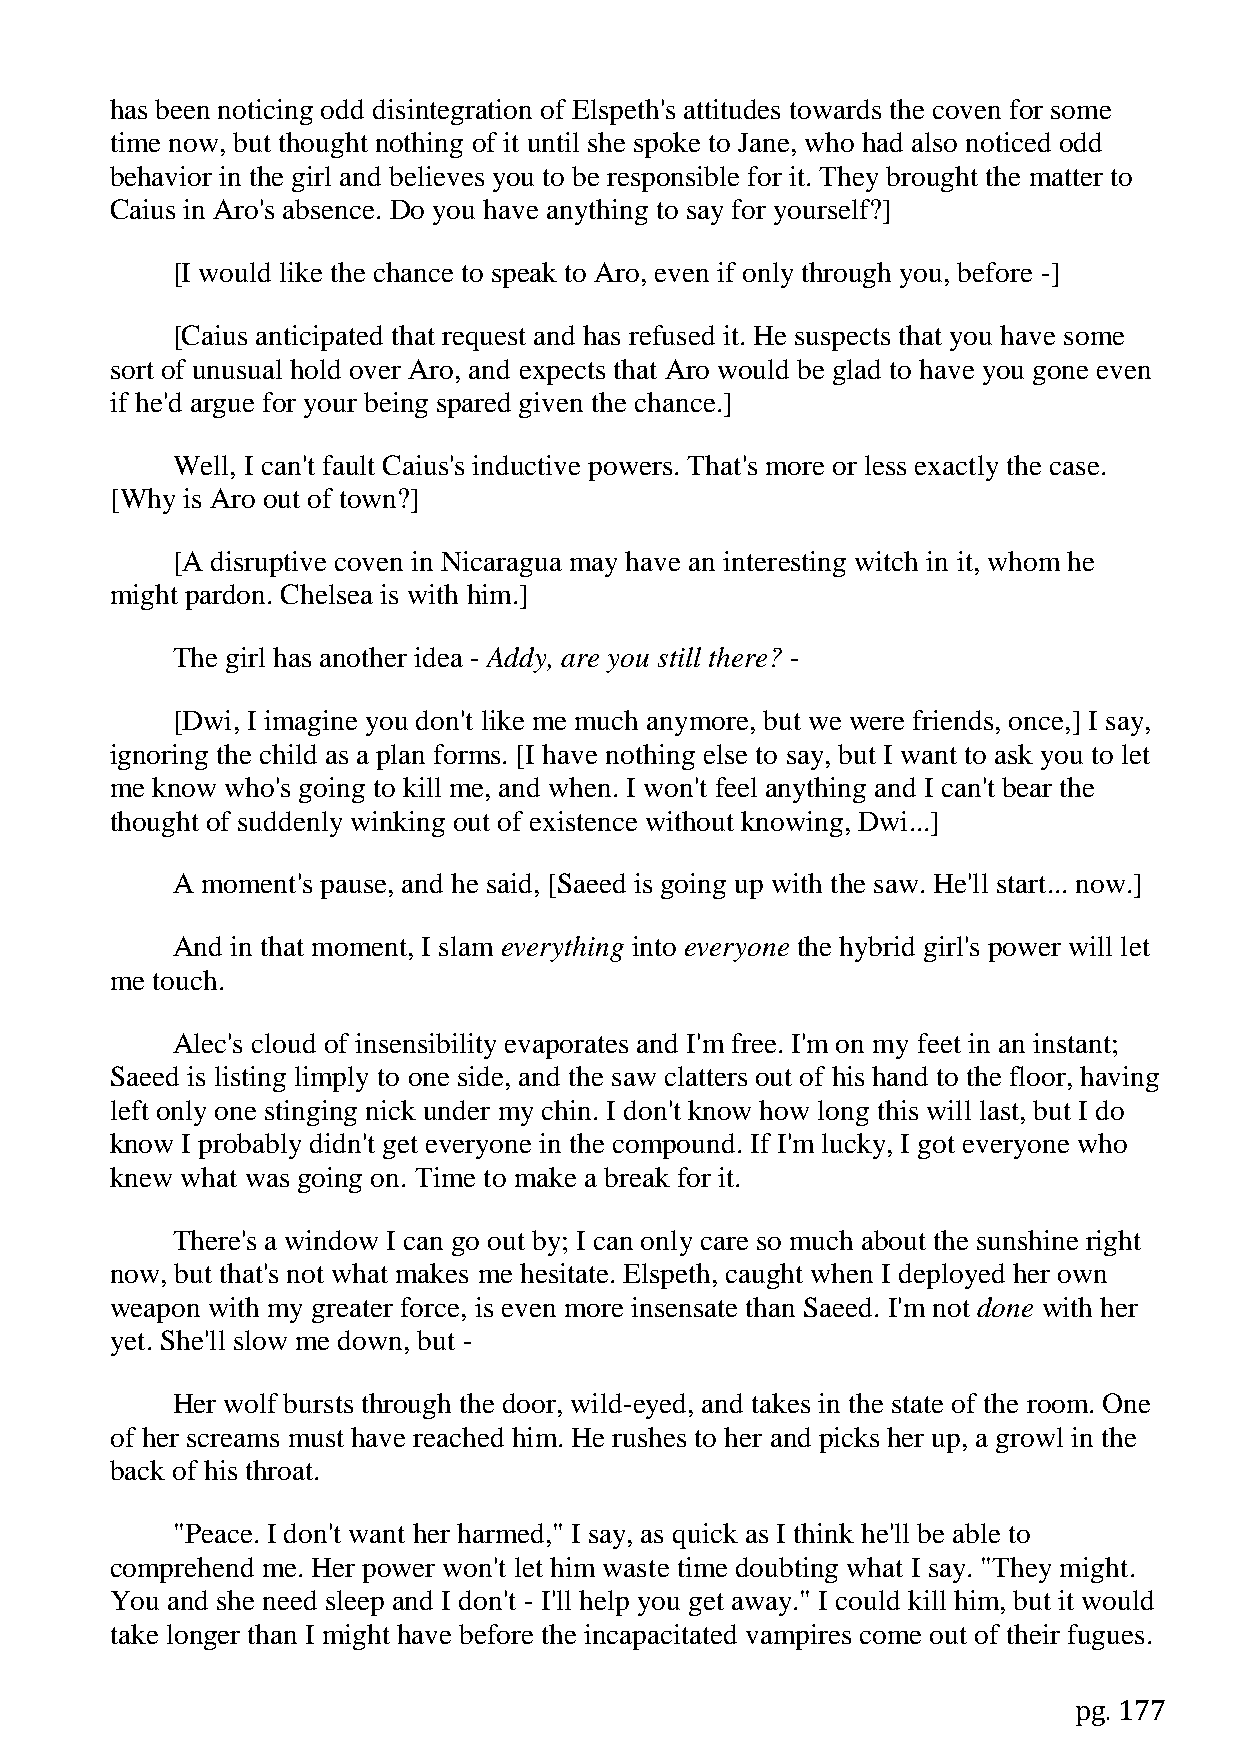
has been noticing odd disintegration of Elspeth's attitudes towards the coven for some
 time now, but thought nothing of it until she spoke to Jane, who had also noticed odd
 behavior in the girl and believes you to be responsible for it. They brought the matter to
 Caius in Aro's absence. Do you have anything to say for yourself?]
 [I would like the chance to speak to Aro, even if only through you, before -]
 [Caius anticipated that request and has refused it. He suspects that you have some
 sort of unusual hold over Aro, and expects that Aro would be glad to have you gone even
 if he'd argue for your being spared given the chance.]
 Well, I can't fault Caius's inductive powers. That's more or less exactly the case.
 [Why is Aro out of town?]
 [A disruptive coven in Nicaragua may have an interesting witch in it, whom he
 might pardon. Chelsea is with him.]
 The girl has another idea - Addy, are you still there? -
 [Dwi, I imagine you don't like me much anymore, but we were friends, once,] I say,
 ignoring the child as a plan forms. [I have nothing else to say, but I want to ask you to let
 me know who's going to kill me, and when. I won't feel anything and I can't bear the
 thought of suddenly winking out of existence without knowing, Dwi...]
 A moment's pause, and he said, [Saeed is going up with the saw. He'll start... now.]
 And in that moment, I slam everything into everyone the hybrid girl's power will let
 me touch.
 Alec's cloud of insensibility evaporates and I'm free. I'm on my feet in an instant;
 Saeed is listing limply to one side, and the saw clatters out of his hand to the floor, having
 left only one stinging nick under my chin. I don't know how long this will last, but I do
 know I probably didn't get everyone in the compound. If I'm lucky, I got everyone who
 knew what was going on. Time to make a break for it.
 There's a window I can go out by; I can only care so much about the sunshine right
 now, but that's not what makes me hesitate. Elspeth, caught when I deployed her own
 weapon with my greater force, is even more insensate than Saeed. I'm not done with her
 yet. She'll slow me down, but -
 Her wolf bursts through the door, wild-eyed, and takes in the state of the room. One
 of her screams must have reached him. He rushes to her and picks her up, a growl in the
 back of his throat.
 "Peace. I don't want her harmed," I say, as quick as I think he'll be able to
 comprehend me. Her power won't let him waste time doubting what I say. "They might.
 You and she need sleep and I don't - I'll help you get away." I could kill him, but it would
 take longer than I might have before the incapacitated vampires come out of their fugues.
 pg. 177